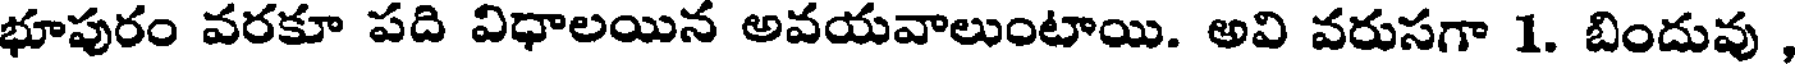
భూపురం వరకూ పది విధాలయిన అవయవాలుంటాయి. అవి వరుసగా 1. బిందువు ,